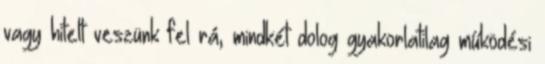
vagy hitelt veszünk fel rá, mindkét dolog gyakorlatilag működési